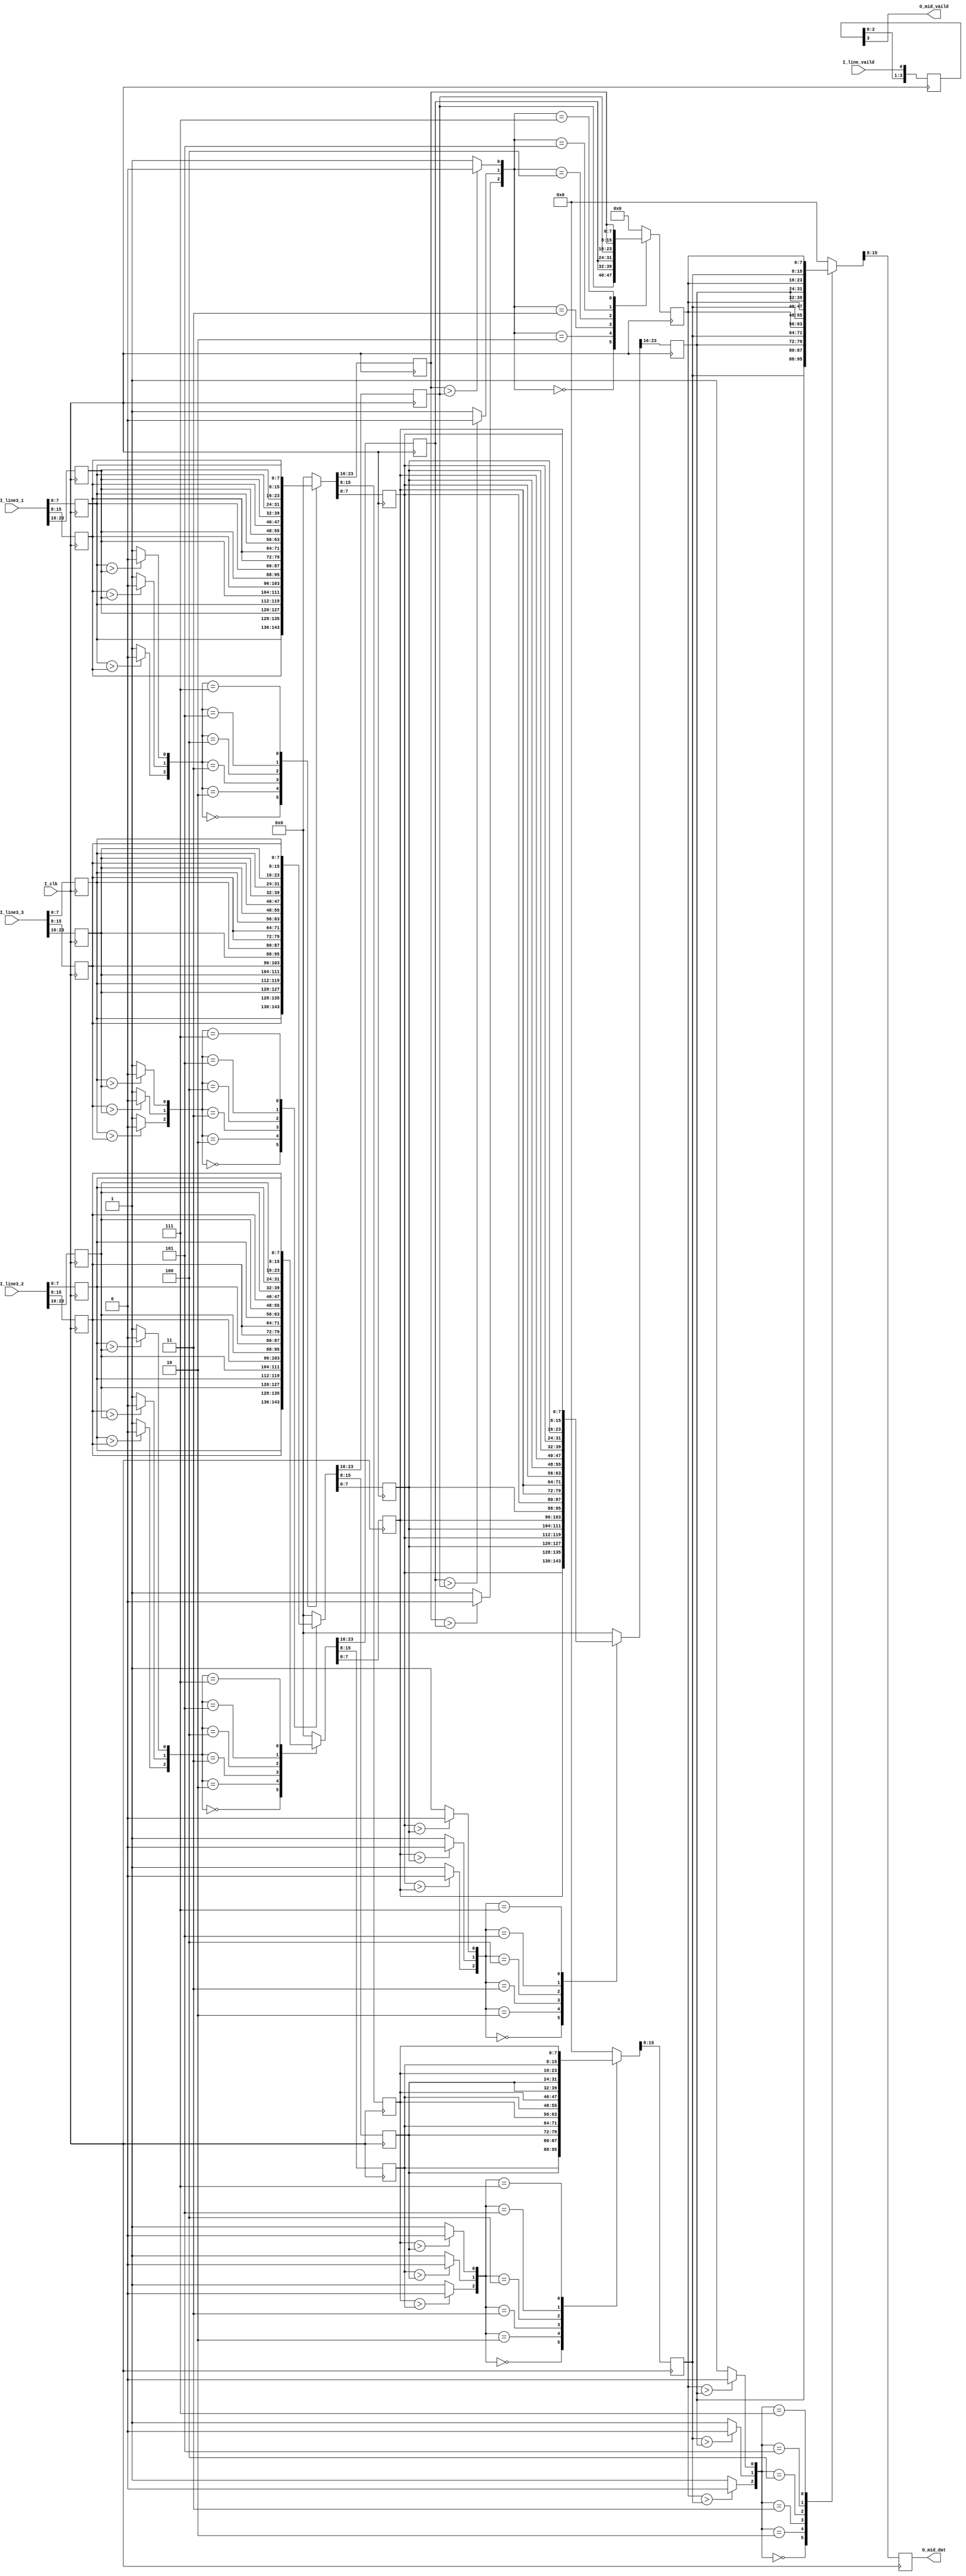
//
// ***********************************************************************
//     ____     ___      |       |
//    /        /   \     |____   |____
//   |        |     |    |    |  |    |
//    \____    \___/     |____|  |____|

//  COPYRIGHT        :  COBB.PENG 
//  URL              :  www..com
//  TEMPLATE VERSION :  V00
//
//
//  FileName         :   
//  ModuleName       :   
//  HardWare Version :   
//  Software Version :   
//  Verilog  Version :  verilog 2001 
//  Target Devices   :   
//  Description      :      
//
//   ____________________________________________________
//  |          |           |   
//  | Version  |  Designer |  Update 
//  |----------|-----------|-----------------------------
//  |  00      |  CobbPeng | File Created. 
//  |----------|-----------|-----------------------------
//  |          |           | 
// ------------------------------------------------------------
//
// 
//

module    mid_3x3 #(
parameter     DATA_WIDTH 		= 8			
)(
input 								I_clk 			 	, 
input 	[3*DATA_WIDTH-1:0]			I_line3_1		 	,
input 	[3*DATA_WIDTH-1:0]			I_line3_2		 	, 
input 	[3*DATA_WIDTH-1:0]			I_line3_3 		 	,
input 								I_line_vaild 	 	,
output 	[DATA_WIDTH-1:0]			O_mid_dat 		 	, 
output 								O_mid_vaild	 	 	
);
// ********************************************************************
reg 	[3:0] 		line_vaild ;
always @(posedge I_clk) line_vaild  <= {line_vaild[2:0] , I_line_vaild};
// --------------------------------------------------------------------
reg		[DATA_WIDTH-1:0] 	dat1_1, dat1_2,dat1_3 ;
reg		[DATA_WIDTH-1:0] 	dat2_1, dat2_2,dat2_3 ;
reg		[DATA_WIDTH-1:0] 	dat3_1, dat3_2,dat3_3 ;
always @(posedge I_clk) 	{dat1_3,dat1_2,dat1_1} <= {I_line3_1} ; 
always @(posedge I_clk) 	{dat2_3,dat2_2,dat2_1} <= {I_line3_2} ; 
always @(posedge I_clk) 	{dat3_3,dat3_2,dat3_1} <= {I_line3_3} ; 
//---------------------------------------------------------------------  
wire 	a_cmp1_12, a_cmp1_13, a_cmp1_23   ;
wire 	a_cmp2_12, a_cmp2_13, a_cmp2_23   ;
wire 	a_cmp3_12, a_cmp3_13, a_cmp3_23   ;
assign 	a_cmp1_12 = (dat1_1 > dat1_2) ? 1'd0 : 1'd1 ;
assign 	a_cmp1_13 = (dat1_1 > dat1_3) ? 1'd0 : 1'd1 ;
assign 	a_cmp1_23 = (dat1_2 > dat1_3) ? 1'd0 : 1'd1 ;
assign 	a_cmp2_12 = (dat2_1 > dat2_2) ? 1'd0 : 1'd1 ;
assign 	a_cmp2_13 = (dat2_1 > dat2_3) ? 1'd0 : 1'd1 ;
assign 	a_cmp2_23 = (dat2_2 > dat2_3) ? 1'd0 : 1'd1 ;
assign 	a_cmp3_12 = (dat3_1 > dat3_2) ? 1'd0 : 1'd1 ;
assign 	a_cmp3_13 = (dat3_1 > dat3_3) ? 1'd0 : 1'd1 ;
assign 	a_cmp3_23 = (dat3_2 > dat3_3) ? 1'd0 : 1'd1 ;
//---------------------------------------------------------------------
reg	 [DATA_WIDTH-1:0]      dat1_max, dat1_mid, dat1_min ;
reg	 [DATA_WIDTH-1:0]      dat2_max, dat2_mid, dat2_min ;
reg	 [DATA_WIDTH-1:0]      dat3_max, dat3_mid, dat3_min ;
always @(posedge I_clk)
	case ({a_cmp1_12,a_cmp1_23,a_cmp1_13})
		3'b000:   	{dat1_max, dat1_mid, dat1_min} <= {dat1_1,dat1_2,dat1_3};
		3'b010:   	{dat1_max, dat1_mid, dat1_min} <= {dat1_1,dat1_3,dat1_2};
		3'b011:   	{dat1_max, dat1_mid, dat1_min} <= {dat1_3,dat1_1,dat1_2};
		3'b100:   	{dat1_max, dat1_mid, dat1_min} <= {dat1_2,dat1_1,dat1_3};
		3'b101:   	{dat1_max, dat1_mid, dat1_min} <= {dat1_2,dat1_3,dat1_1};
		3'b111:   	{dat1_max, dat1_mid, dat1_min} <= {dat1_3,dat1_2,dat1_1}; 
		default : 	{dat1_max, dat1_mid, dat1_min} <= 0; // {3{DATA_WIDTH{1'd0}}};
	endcase 
always @(posedge I_clk)
	case ({a_cmp2_12,a_cmp2_23,a_cmp2_13})
		3'b000:   	{dat2_max, dat2_mid, dat2_min} <= {dat2_1,dat2_2,dat2_3};
		3'b010:   	{dat2_max, dat2_mid, dat2_min} <= {dat2_1,dat2_3,dat2_2};
		3'b011:   	{dat2_max, dat2_mid, dat2_min} <= {dat2_3,dat2_1,dat2_2};
		3'b100:   	{dat2_max, dat2_mid, dat2_min} <= {dat2_2,dat2_1,dat2_3};
		3'b101:   	{dat2_max, dat2_mid, dat2_min} <= {dat2_2,dat2_3,dat2_1};
		3'b111:   	{dat2_max, dat2_mid, dat2_min} <= {dat2_3,dat2_2,dat2_1}; 
		default : 	{dat2_max, dat2_mid, dat2_min} <= 0; // {3{DATA_WIDTH{1'd0}} };
	endcase 
always @(posedge I_clk)
	case ({a_cmp3_12,a_cmp3_23,a_cmp3_13})
		3'b000:     {dat3_max, dat3_mid, dat3_min} <= {dat3_1,dat3_2,dat3_3};
		3'b010:     {dat3_max, dat3_mid, dat3_min} <= {dat3_1,dat3_3,dat3_2};
		3'b011:     {dat3_max, dat3_mid, dat3_min} <= {dat3_3,dat3_1,dat3_2};
		3'b100:     {dat3_max, dat3_mid, dat3_min} <= {dat3_2,dat3_1,dat3_3};
		3'b101:     {dat3_max, dat3_mid, dat3_min} <= {dat3_2,dat3_3,dat3_1};
		3'b111:     {dat3_max, dat3_mid, dat3_min} <= {dat3_3,dat3_2,dat3_1}; 
		default :   {dat3_max, dat3_mid, dat3_min} <= 0; // {3{DATA_WIDTH{1'd0}} };
	endcase 
// ---------------------------------------------------------------------------
wire    b_cmp1_12,    b_cmp1_23,     b_cmp1_13 ;
wire    b_cmp2_12,    b_cmp2_23,     b_cmp2_13 ;
wire    b_cmp3_12,    b_cmp3_23,     b_cmp3_13 ;
assign 	b_cmp1_12  =  (dat1_max > dat2_max ) ?  1'd0:1'd1;
assign 	b_cmp1_13  =  (dat1_max > dat3_max ) ?  1'd0:1'd1;
assign 	b_cmp1_23  =  (dat2_max > dat3_max ) ?  1'd0:1'd1;
assign 	b_cmp2_12  =  (dat1_mid > dat2_mid ) ?  1'd0:1'd1;
assign 	b_cmp2_13  =  (dat1_mid > dat3_mid ) ?  1'd0:1'd1;
assign 	b_cmp2_23  =  (dat2_mid > dat3_mid ) ?  1'd0:1'd1;
assign 	b_cmp3_12  =  (dat1_min > dat2_min ) ?  1'd0:1'd1;
assign 	b_cmp3_13  =  (dat1_min > dat3_min ) ?  1'd0:1'd1;
assign 	b_cmp3_23  =  (dat2_min > dat3_min ) ?  1'd0:1'd1;
// ---------------------------------------------------------------------------	
reg	 [DATA_WIDTH-1:0]  b_max_max,  b_max_mid,  b_max_min ;
reg	 [DATA_WIDTH-1:0]  b_mid_max,  b_mid_mid,  b_mid_min ;
reg	 [DATA_WIDTH-1:0]  b_min_max,  b_min_mid,  b_min_min ;
always @(posedge I_clk)
	case ({b_cmp1_12,b_cmp1_23,b_cmp1_13})
		3'b000:     {b_max_max, b_max_mid, b_max_min} <= {dat1_max,dat2_max,dat3_max};
		3'b010:     {b_max_max, b_max_mid, b_max_min} <= {dat1_max,dat3_max,dat2_max};
		3'b011:     {b_max_max, b_max_mid, b_max_min} <= {dat3_max,dat1_max,dat2_max};
		3'b100:     {b_max_max, b_max_mid, b_max_min} <= {dat2_max,dat1_max,dat3_max};
		3'b101:     {b_max_max, b_max_mid, b_max_min} <= {dat2_max,dat3_max,dat1_max};
		3'b111:     {b_max_max, b_max_mid, b_max_min} <= {dat3_max,dat2_max,dat1_max}; 
		default :   {b_max_max, b_max_mid, b_max_min} <= 0; // {3{DATA_WIDTH{1'd0}}       };
	endcase 	
always @(posedge I_clk)
	case ({b_cmp2_12,b_cmp2_23,b_cmp2_13})
		3'b000:     {b_mid_max, b_mid_mid, b_mid_min} <= {dat1_mid,dat2_mid,dat3_mid};
		3'b010:     {b_mid_max, b_mid_mid, b_mid_min} <= {dat1_mid,dat3_mid,dat2_mid};
		3'b011:     {b_mid_max, b_mid_mid, b_mid_min} <= {dat3_mid,dat1_mid,dat2_mid};
		3'b100:     {b_mid_max, b_mid_mid, b_mid_min} <= {dat2_mid,dat1_mid,dat3_mid};
		3'b101:     {b_mid_max, b_mid_mid, b_mid_min} <= {dat2_mid,dat3_mid,dat1_mid};
		3'b111:     {b_mid_max, b_mid_mid, b_mid_min} <= {dat3_mid,dat2_mid,dat1_mid}; 
		default :   {b_mid_max, b_mid_mid, b_mid_min} <= 0; // {3{DATA_WIDTH{1'd0}}       };
	endcase 	
always @(posedge I_clk)
	case ({b_cmp3_12,b_cmp3_23,b_cmp3_13})
		3'b000:     {b_min_max, b_min_mid, b_min_min} <= {dat1_min,dat2_min,dat3_min};
		3'b010:     {b_min_max, b_min_mid, b_min_min} <= {dat1_min,dat3_min,dat2_min};
		3'b011:     {b_min_max, b_min_mid, b_min_min} <= {dat3_min,dat1_min,dat2_min};
		3'b100:     {b_min_max, b_min_mid, b_min_min} <= {dat2_min,dat1_min,dat3_min};
		3'b101:     {b_min_max, b_min_mid, b_min_min} <= {dat2_min,dat3_min,dat1_min};
		3'b111:     {b_min_max, b_min_mid, b_min_min} <= {dat3_min,dat2_min,dat1_min}; 
		default :   {b_min_max, b_min_mid, b_min_min} <= 0; // {3{DATA_WIDTH{1'd0}}       };
	endcase	
// ------------------------------------------------------------------------------------ 	
reg	 [DATA_WIDTH-1:0] 	c_max    ,    c_mid    ,    c_min    ;
wire 					c_cmp_12 ,    c_cmp_23 ,    c_cmp_13 ;
assign 	c_cmp_12 = (b_max_min > b_mid_mid) ? 1'd0:1'd1 ;
assign 	c_cmp_13 = (b_max_min > b_min_max) ? 1'd0:1'd1 ;
assign 	c_cmp_23 = (b_mid_mid > b_min_max) ? 1'd0:1'd1 ;
always @(posedge I_clk)
	case ({c_cmp_12,c_cmp_23,c_cmp_13})
		3'b000:     {c_max, c_mid, c_min} <= {b_max_min,b_mid_mid,b_min_max};
		3'b010:     {c_max, c_mid, c_min} <= {b_max_min,b_min_max,b_mid_mid};
		3'b011:     {c_max, c_mid, c_min} <= {b_min_max,b_max_min,b_mid_mid};
		3'b100:     {c_max, c_mid, c_min} <= {b_mid_mid,b_max_min,b_min_max};
		3'b101:     {c_max, c_mid, c_min} <= {b_mid_mid,b_min_max,b_max_min};
		3'b111:     {c_max, c_mid, c_min} <= {b_min_max,b_mid_mid,b_max_min}; 
		default :   {c_max, c_mid, c_min} <= 0; // {3{DATA_WIDTH{1'd0}}          };
	endcase  
// -----------------------------------------------------------------------------------
assign 	O_mid_dat 	  =   c_mid ; 
assign  O_mid_vaild   =   line_vaild[3];	
endmodule